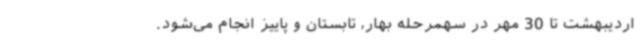
اردیبهشت تا 30 مهر در سهمرحله بهار، تابستان و پاییز انجام می‌شود.